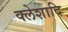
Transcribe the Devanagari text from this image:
क्लेशादि